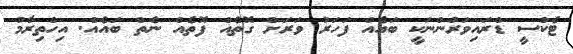
ޓެކްސީ ޑްރައިވަރުންނަކީ ބައެއް ފަހަރު ވަރަށް ގޮތެއް ފޮތެއް ނެތް ބައެއް. އިހްތިރާމު